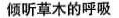
倾听草木的呼吸